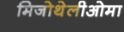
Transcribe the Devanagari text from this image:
मिजोथेलीओमा